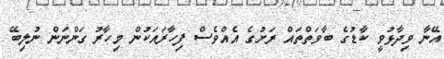
އޭނާ ވިދާޅުވީ ކާޑުގެ ބާވަތްތައް ރަށުގެ އެއްވެސް ފިހާރައަކުން މިހާރު ގަންނަން ނުލިބޭ